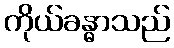
ကိုယ်ခန္ဓာသည်